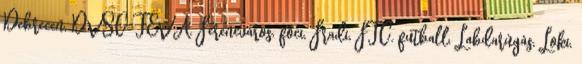
Debrecen, DVSC-TEVA, Ferencváros, foci, Fradi, FTC, futball, Labdarúgás, Loki,